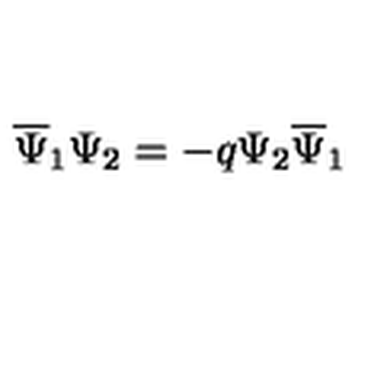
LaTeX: \overline { { \Psi } } _ { 1 } \Psi _ { 2 } = - q \Psi _ { 2 } \overline { { \Psi } } _ { 1 }